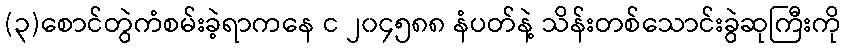
(၃)စောင်တွဲကံစမ်းခဲ့ရာကနေ င ၂၀၄၅၈၈ နံပတ်နဲ့ သိန်းတစ်သောင်းခွဲဆုကြီးကို